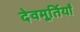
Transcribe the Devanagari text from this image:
देवमूर्तियाँ